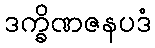
ဒက္ခိဏဇနပဒံ